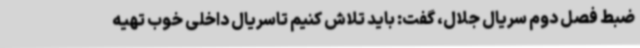
ضبط فصل دوم سریال جلال، گفت: باید تلاش کنیم تاسریال داخلی خوب تهیه